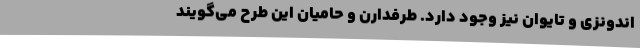
اندونزی و تایوان نیز وجود دارد. طرفدارن و حامیان این طرح می‌گویند